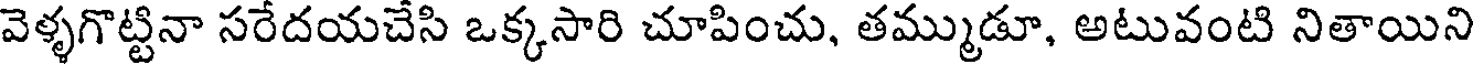
వెళ్ళగొట్టినా సరేదయచేసి ఒక్కసారి చూపించు, తమ్ముడూ, అటువంటి నితాయిని